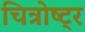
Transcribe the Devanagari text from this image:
चित्रोष्ट्र